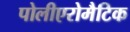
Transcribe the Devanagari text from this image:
पोलीएरोमैटिक